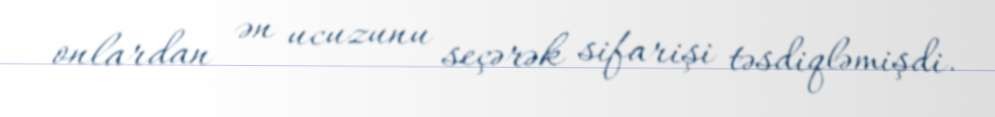
onlardan ən ucuzunu seçərək sifarişi təsdiqləmişdi.